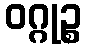
ဝဂ္ဂုဉ္စ